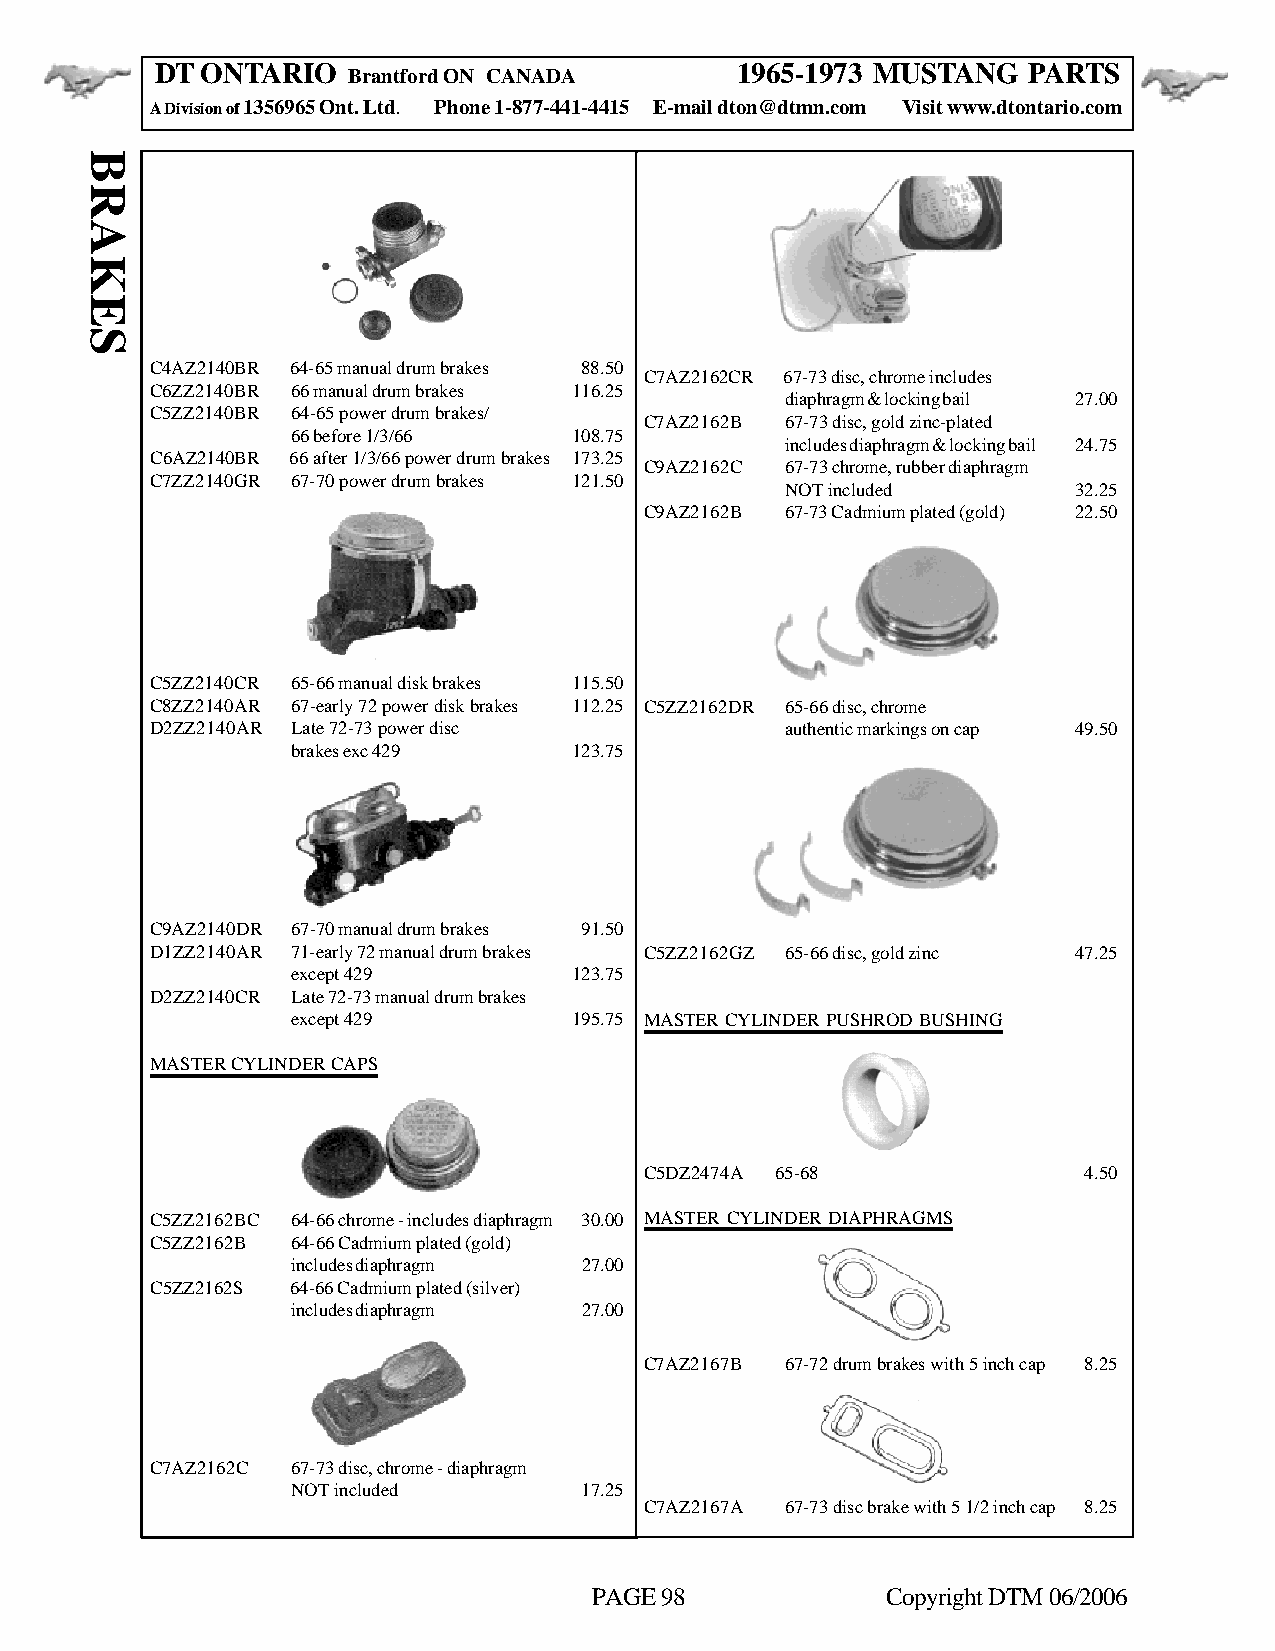
DT ONTARIO                             1965-1973 MUSTANG  PARTS
 Brantford ON CANADA
 A Division of 1356965 Ont. Ltd. Phone 1-877-441-4415 E-mail dton@dtmn.com Visit www.dtontario.com
 C4AZ2140BR 64-65 manual drum brakes 88.50
 C7AZ2162CR 67-73 disc, chrome includes
 C6ZZ2140BR 66 manual drum brakes 116.25
 diaphragm & locking bail 27.00
 C5ZZ2140BR 64-65 power drum brakes/
 C7AZ2162B 67-73 disc, gold zinc-plated
 66 before 1/3/66   108.75
 includes diaphragm & locking bail 24.75
 C6AZ2140BR 66 after 1/3/66 power drum brakes 173.25
 C9AZ2162C 67-73 chrome, rubber diaphragm
 C7ZZ2140GR 67-70 power drum brakes 121.50
 NOT included       32.25
 C9AZ2162B 67-73 Cadmium plated (gold) 22.50
 C5ZZ2140CR 65-66 manual disk brakes 115.50
 C8ZZ2140AR 67-early 72 power disk brakes 112.25 C5ZZ2162DR 65-66 disc, chrome
 D2ZZ2140AR Late 72-73 power disc          authentic markings on cap 49.50
 brakes exc 429     123.75
 C9AZ2140DR 67-70 manual drum brakes 91.50
 D1ZZ2140AR 71-early 72 manual drum brakes C5ZZ2162GZ 65-66 disc, gold zinc 47.25
 except 429         123.75
 D2ZZ2140CR Late 72-73 manual drum brakes
 except 429         195.75 MASTER CYLINDER PUSHROD BUSHING
 MASTER CYLINDER CAPS
 C5DZ2474A 65-68              4.50
 C5ZZ2162BC 64-66 chrome - includes diaphragm 30.00 MASTER CYLINDER DIAPHRAGMS
 C5ZZ2162B 64-66 Cadmium plated (gold)
 includes diaphragm  27.00
 C5ZZ2162S 64-66 Cadmium plated (silver)
 includes diaphragm  27.00
 C7AZ2167B 67-72 drum brakes with 5 inch cap 8.25
 C7AZ2162C 67-73 disc, chrome - diaphragm
 NOT included       17.25
 C7AZ2167A 67-73 disc brake with 5 1/2 inch cap 8.25
 PAGE 98             Copyright DTM 06/2006
 BRAKES